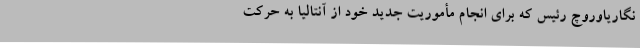
نگاریاوروچ رئیس که برای انجام مأموریت جدید خود از آنتالیا به حرکت